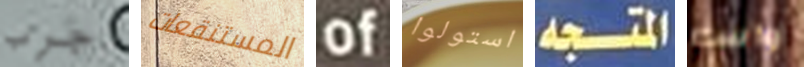
جرب المستنقعات of استولوا المتجه واسم